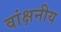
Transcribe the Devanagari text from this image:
वांक्षनीय